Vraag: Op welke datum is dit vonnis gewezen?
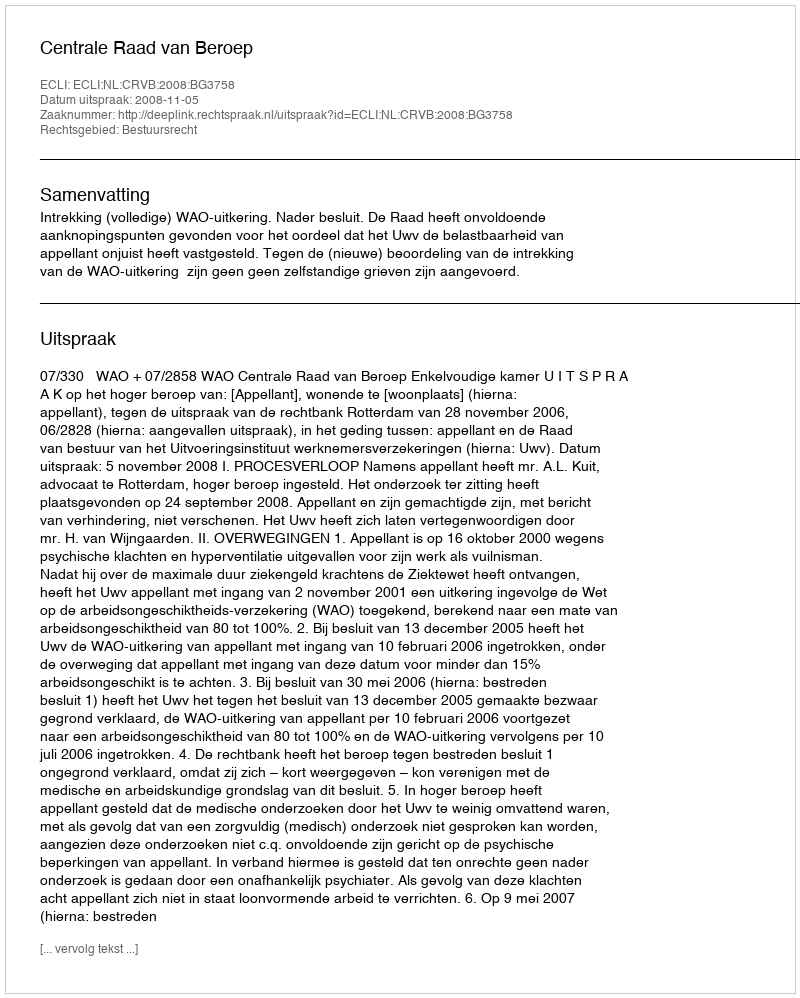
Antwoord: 2008-11-05